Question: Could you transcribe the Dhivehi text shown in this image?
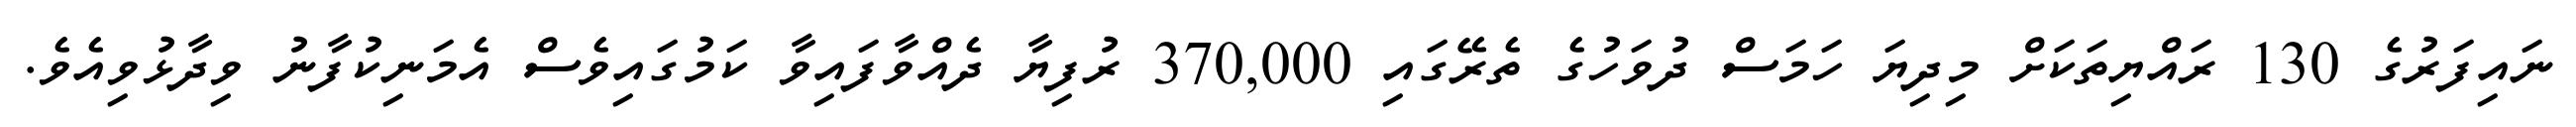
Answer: ނައިފަރުގެ 130 ރައްޔިތަކަށް މިދިޔަ ހަމަސް ދުވަހުގެ ތެރޭގައި 370,000 ރުފިޔާ ދެއްވާފައިވާ ކަމުގައިވެސް އެމަނިކުފާނު ވިދާޅުވިއެވެ.